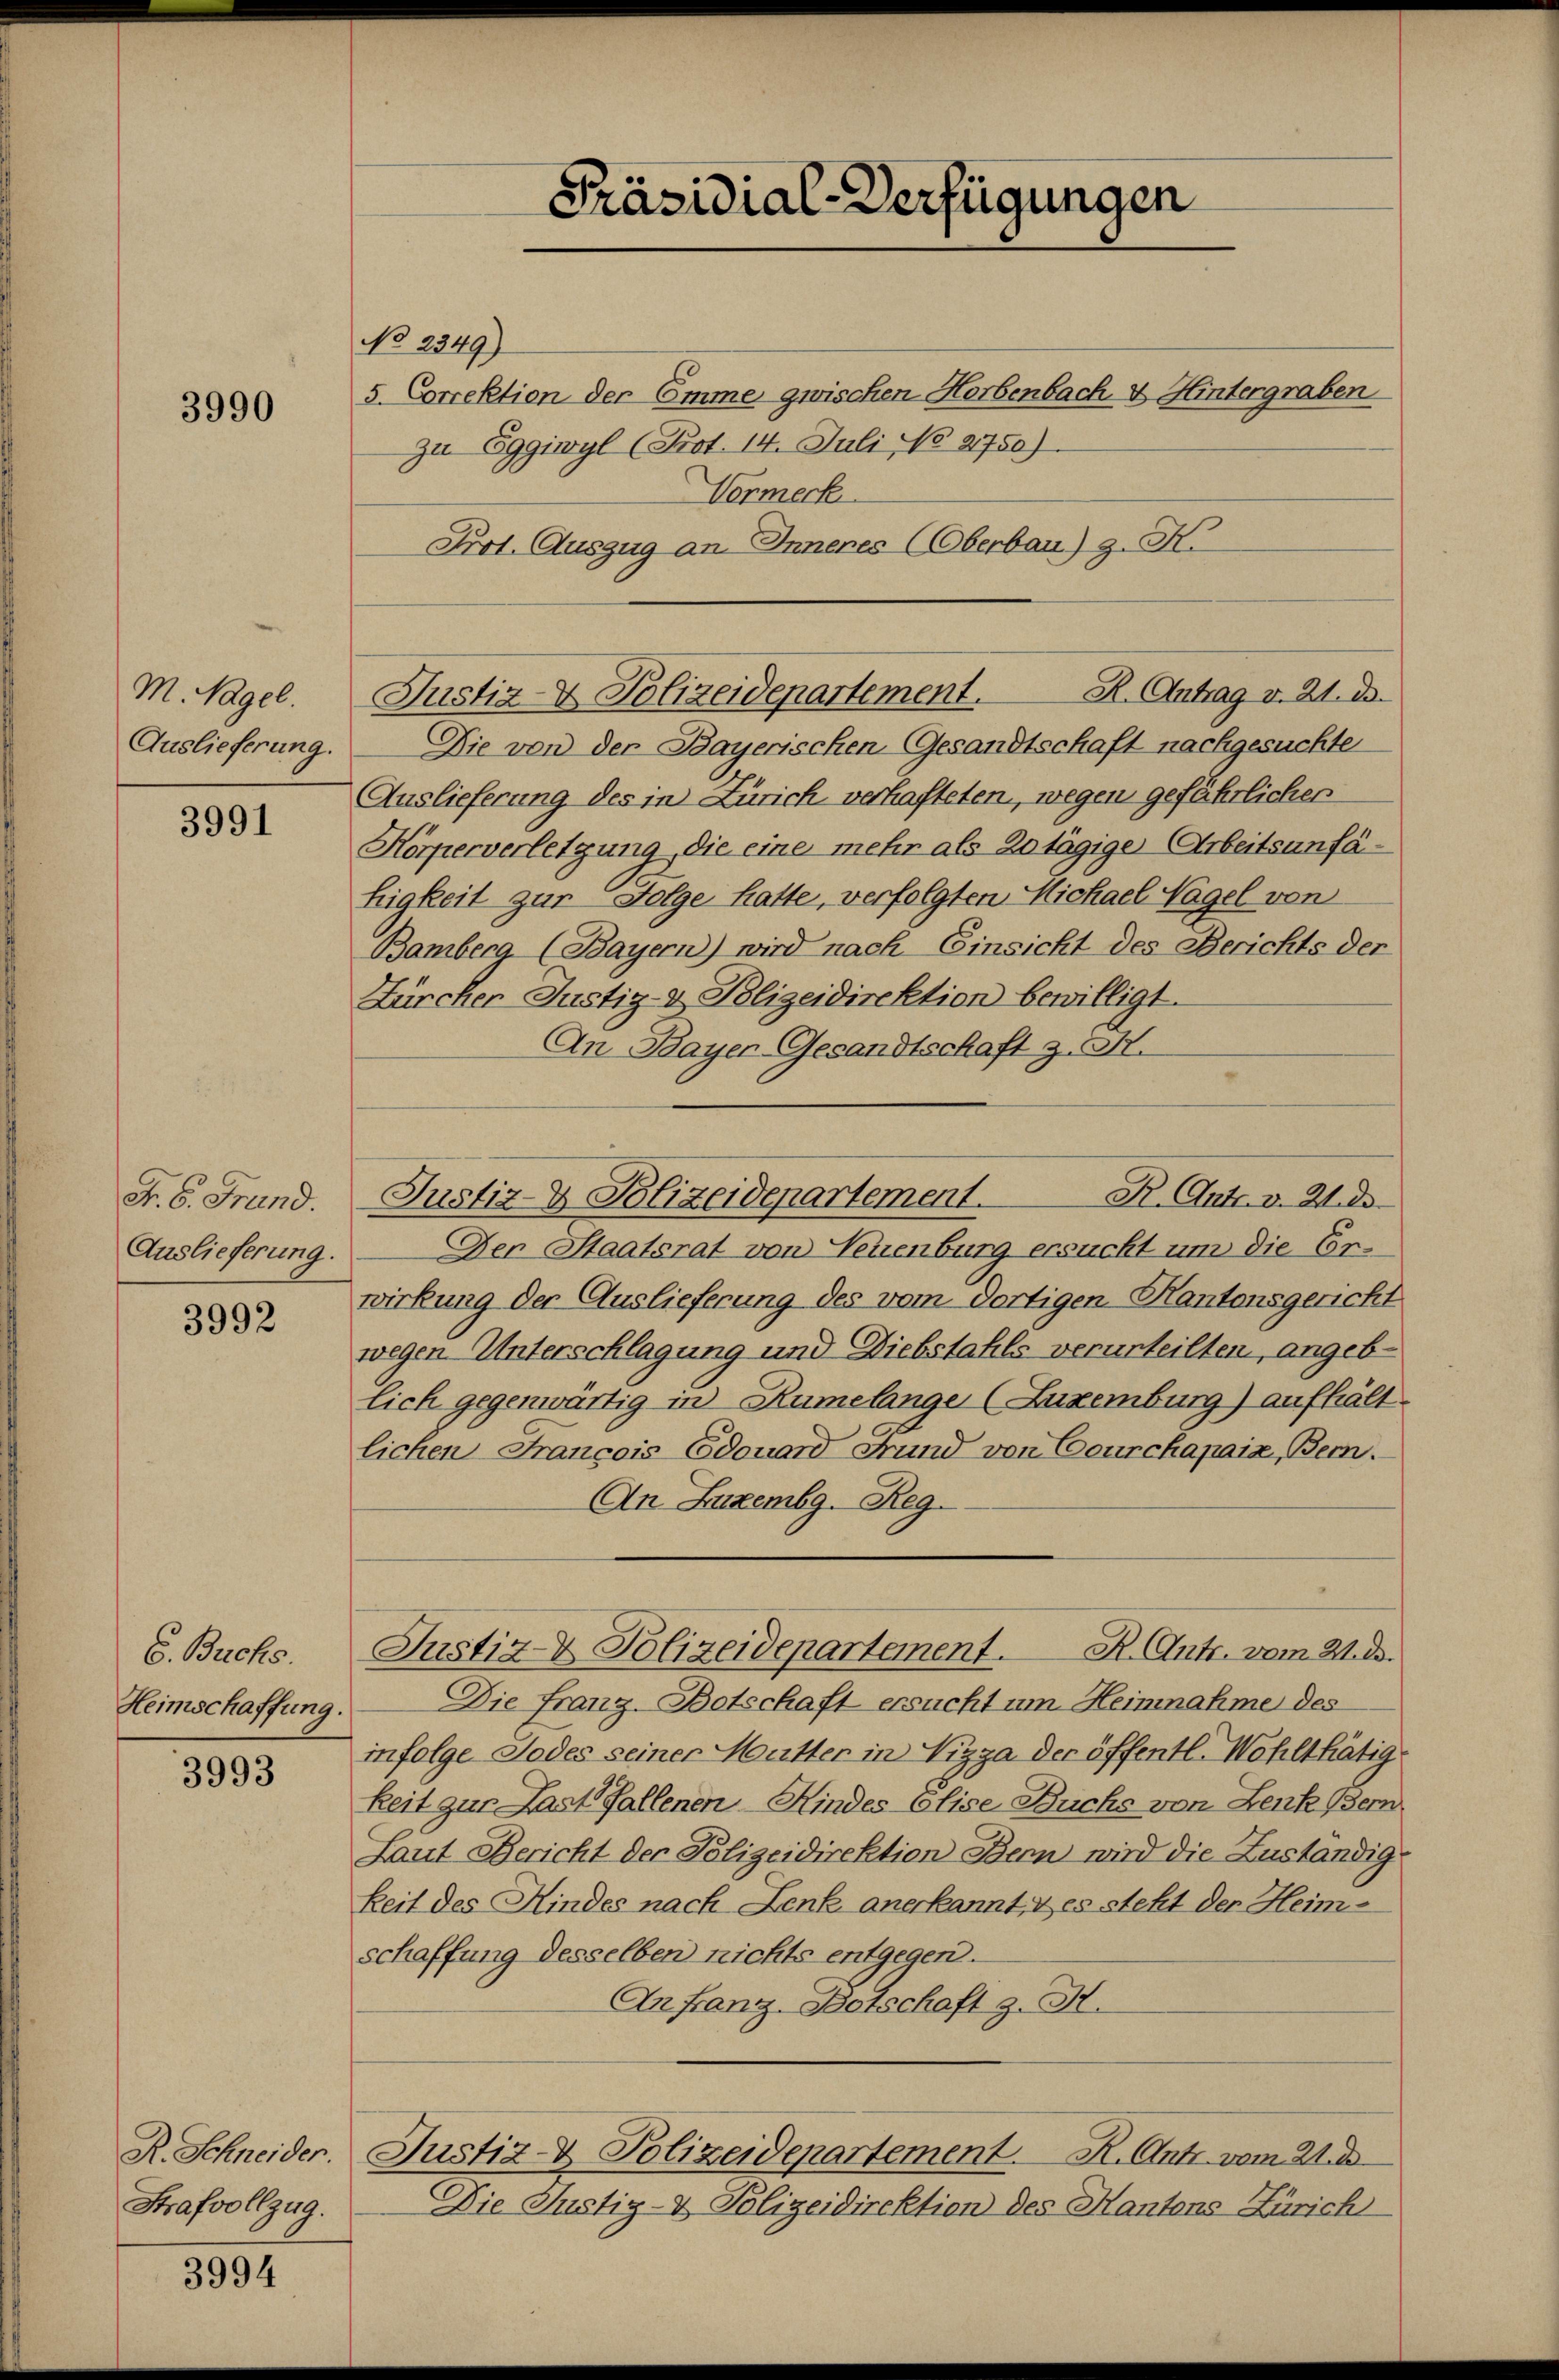
3990

M Nagel.
Auslieferung.

3991

Fr. 6. Frund.
Auslieferung.

3992

S. Buchs.
Heimschaffung.

3993

R. Schneider.
Strafvollzug.

3994

No 2349)
5. Correktion der Emme, zwischen Horbenbach & Hintergraben
zu Eggiwyl (Art. 14. Juli No 2750)
Vormeck
Prot. Auszug an Inneres (Oberbau) z. H.

R. Antrag v. 21. ds.
Justiz- & Polizeidepartement.

Präsidial-Verfügungen

R. Antr. v. Wild
Justiz- & Polizeidepartement.

Justiz & Polizeidepartement. R. Antr. vom 21. ds.

Die von der Bayerischen Gesandtschaft nachgesuchte
Auslieferung des in Zürich verhafteten, wegen gefährlichen
Körperverletzung die eine mehr als Zutägige Arbeitsanfähigkeit zur Folge hatte, verfolgten Michael Nagel von
Bamberg (Bayern) wird nach Einsicht des Berichts der
Zürcher Justiz- & Polizeidirektion bewilligt.
An Bayer Gesandtschaft z. H.

Der Staatsrat von Neuenburg ersucht um die Erwirkung der Auslieferung des vom dortigen Kantonsgericht
wegen Unterschlagung und Diebstahls verurteilten, angeblich gegenwärtig in Rumelange (Luxenburg) aufhält.
lichen Francois Edouard Grund von Courchapaix, Bern.
An Luxembg. Reg.
Die Franz-Botschaft ersucht um Heinnahme des
infolge Todes seiner Mutter in Nizza der öffentl. Wohlthätigkeit zur Last fallenen Kindes Elise Buchs von Lenk Bern
Laut Bericht der Polizeidirektion Bern wird die Zuständigkeit des Kindes nach Lenk anerkannt, & es steht der Heimschaffung desselben nichts entgegen.
An Franz-Botschaft z. B.
Justiz- & Polizeidepartement. R. Antr. vom 21. de
Die Justiz- & Polizeidirektion des Kantons Zürich